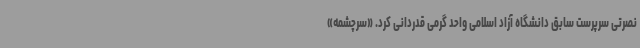
نصرتی سرپرست سابق دانشگاه آزاد اسلامی واحد گرمی قدردانی کرد. «سرچشمه»